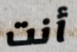
أنت